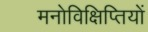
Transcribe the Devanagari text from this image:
मनोविक्षिप्तियों